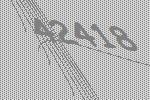
42418